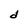
Character: d